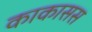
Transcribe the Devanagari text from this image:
काकासस